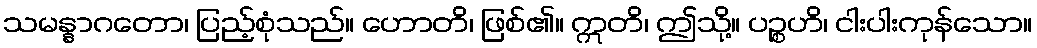
သမန္နာဂတော၊ ပြည့်စုံသည်။ ဟောတိ၊ ဖြစ်၏။ ဣတိ၊ ဤသို့။ ပဉ္စဟိ၊ ငါးပါးကုန်သော။